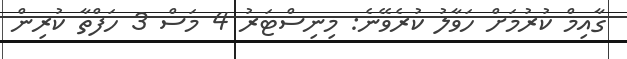
ގާއިމް ކުރުމަށް ހަވާލު ކުރެވޭނެ: މިނިސްޓަރު 4 މަސް 3 ހަފްތާ ކުރިން